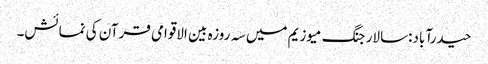
حیدرآباد:سالار جنگ میوزیم میں سہ روزہ بین الاقوامی قرآن کی نمائش۔